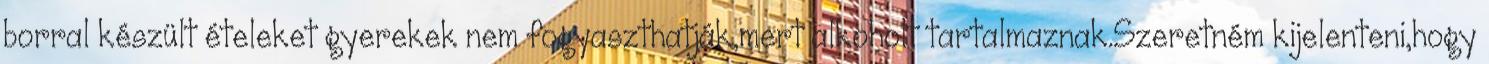
borral készült ételeket gyerekek nem fogyaszthatják,mert alkoholt tartalmaznak.Szeretném kijelenteni,hogy